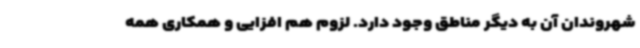
شهروندان آن به دیگر مناطق وجود دارد. لزوم هم افزایی و همکاری همه